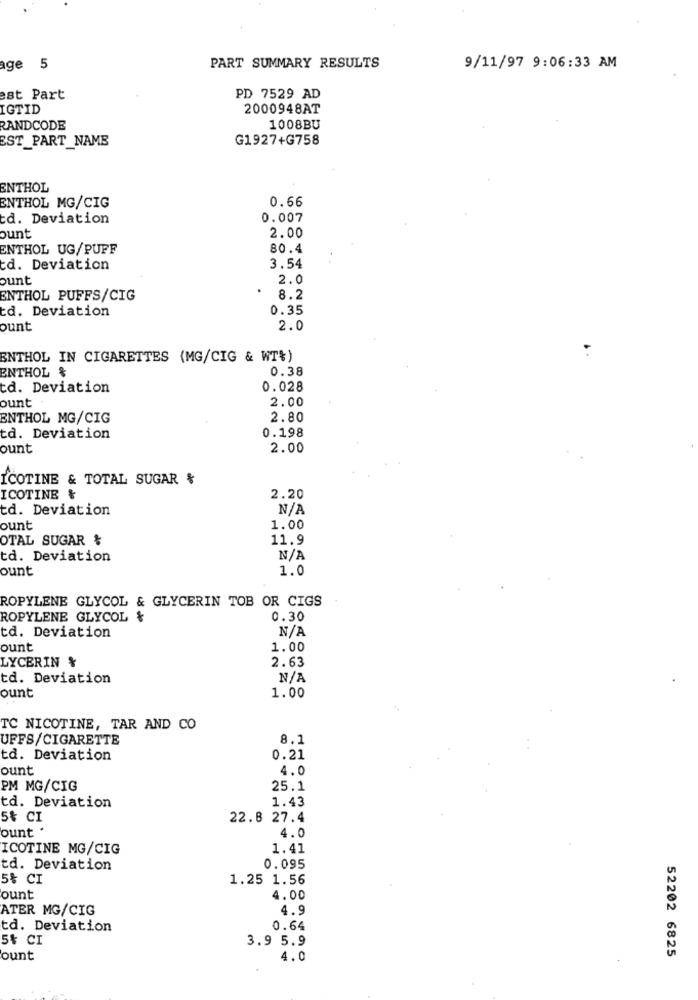
PART SUMMARY RESULTS
age 5
9/11/97 9:06:33 AM
est Part
PD 7529 AD
IGTID
2000948AT
RANDCODE
1008BU
EST_PART_NAME
G1927+G758
ENTHOL
0.66
ENTHOL MG/CIG
d. Deviation
0.007
2.00
ount
ENTHOL UG/PUFF
80.4
td. Deviation
3.54
ount
2.0
ENTHOL PUFFS/CIG
8.2
td. Deviation
0.35
ount
2.0
ENTHOL IN CIGARETTES (MG/CIG & WT&)
ENTHOL &
0.38
td. Deviation
0.028
2.00
ount
ENTHOL MG/CIG
2.80
0.198
td. Deviation
ount
2.00
ICOTINE & TOTAL SUGAR &
ICOTINE &
2.20
td. Deviation
ount
1.00
OTAL SUGAR %
11.9
td. Deviation
ount
1.0
ROPYLENE GLYCOL & GLYCERIN TOB OR CIGS
ROPYLENE GLYCOL &
0.30
td. Deviation
ount
1.00
LYCERIN %
2.63
td. Deviation
1.00
ount
TC NICOTINE, TAR AND CO
UFFS/CIGARETTE
8.1
td. Deviation
0.21
ount
4.0
PM MG/CIG
25.1
1.43
td. Deviation
5% CI
22.8 27.4
ount .
4.0
ICOTINE MG/CIG
1.41
td. Deviation
0.095
5% CI
1.25 1.56
ount
4.00
ATER MG/CIG
4.9
td. Deviation
0.64
5% CI
3.9 5.9
52202 6825
ount
4.0